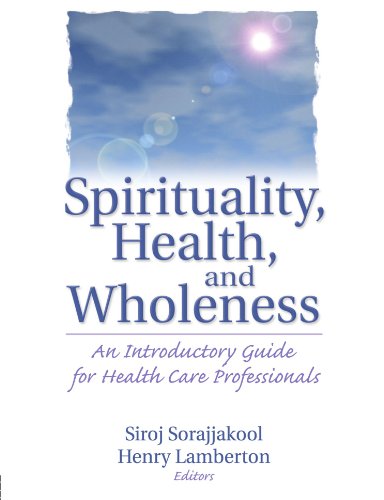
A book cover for Spirituality, Health, and Wholeness: An Introductory Guide for Health Care Professionals; Henry Lamberton; Medical Books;